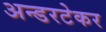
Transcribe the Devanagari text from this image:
अन्डरटेकर